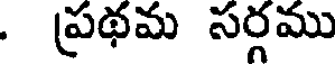
. ప్రథమ సర్గము